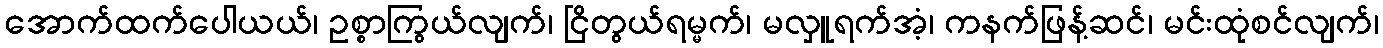
အောက်ထက်ပေါယယ်၊ ဥစ္စာကြွယ်လျက်၊ ငြိတွယ်ရမ္မက်၊ မလှူရက်အံ့၊ ကနက်ဖြန့်ဆင်၊ မင်းထုံစင်လျက်၊